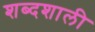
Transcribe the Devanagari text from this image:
शब्दशाली